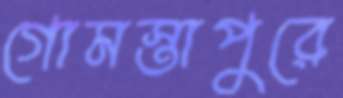
গোমস্তাপুরে